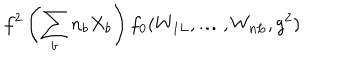
LaTeX: f ^ { 2 } \left( \sum _ { b } n _ { b } X _ { b } \right) f _ { 0 } ( W _ { 1 L } , \ldots , W _ { n L } , g ^ { 2 } )